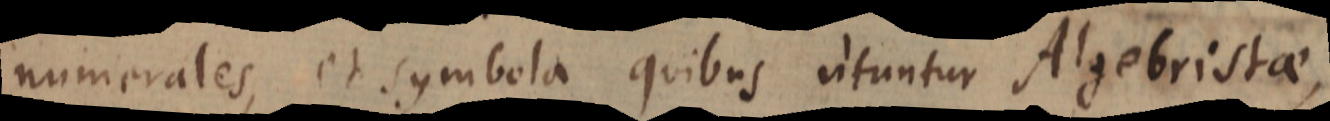
numerales, et symbola quibus utuntur Algebristae,